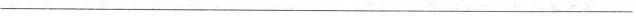
___